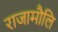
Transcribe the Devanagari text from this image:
राजामौलि